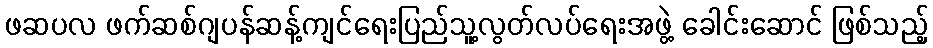
ဖဆပလ ဖက်ဆစ်ဂျပန်ဆန့်ကျင်ရေးပြည်သူ့လွတ်လပ်ရေးအဖွဲ့ ခေါင်းဆောင် ဖြစ်သည့်